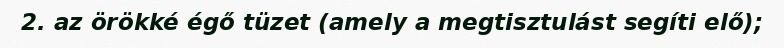
2. az örökké égő tüzet (amely a megtisztulást segíti elő);